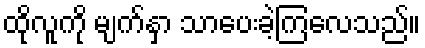
ထိုလူကို မျက်နှာ သာပေးခဲ့ကြလေသည်။